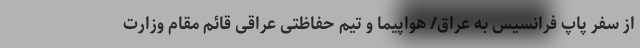
از سفر پاپ فرانسیس به عراق/ هواپیما و تیم حفاظتی عراقی قائم مقام وزارت